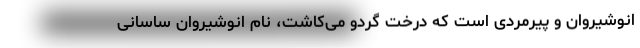
انوشیروان و پیرمردی است که درخت گردو می‌کاشت، نام انوشیروان ساسانی